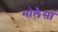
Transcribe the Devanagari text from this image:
मोलैसों